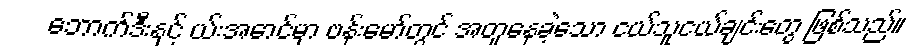
ဘောက်ဒီးနှင့် ယ်းအောင်မှာ ဗန်းမော်တွင် အတူနေခဲ့သော ငယ်သူငယ်ချင်းတွေ ဖြစ်သည်။